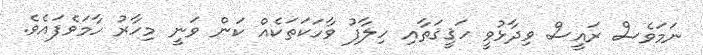
ނަމަވެސް ރައީސް ވިދާޅުވީ ހަޤީޤަތާއި ހިލާފު ވާހަކަތަކެއް ކަން ވަނީ މިހާރު ހާމަވެފައެވެ.